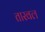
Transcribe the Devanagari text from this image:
तारवल